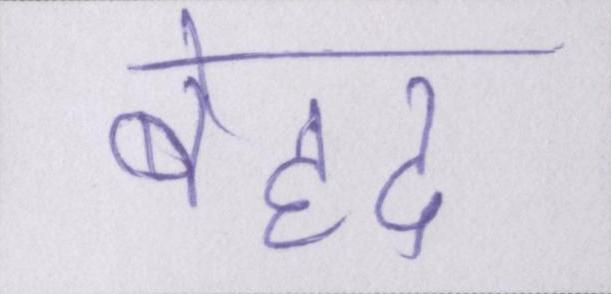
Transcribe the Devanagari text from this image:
बेहद